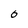
Character: 0